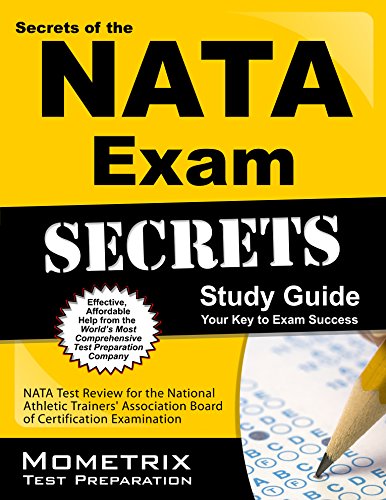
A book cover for Secrets of the NATA-BOC Exam Study Guide: NATA-BOC Test Review for the Board of Certification Candidate Examination; NATA-BOC Exam Secrets Test Prep Team; Test Preparation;